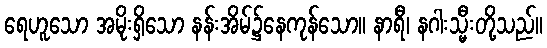
ရေဟူသော အမိုးရှိသော နန်းအိမ်၌နေကုန်သော။ နာရီ၊ နဂါးသ္မီးတို့သည်။